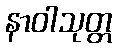
နာဝါသုတ္တ